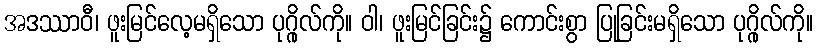
အဒဿာဝီ၊ ဖူးမြင်လေ့မရှိသော ပုဂ္ဂိုလ်ကို။ ဝါ၊ ဖူးမြင်ခြင်း၌ ကောင်းစွာ ပြုခြင်းမရှိသော ပုဂ္ဂိုလ်ကို။